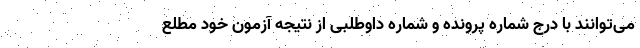
می‌توانند با درج شماره پرونده و شماره داوطلبی از نتیجه آزمون خود مطلع